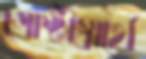
গোষ্ঠীস্বার্থে